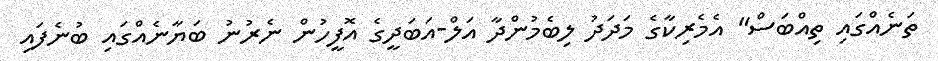
ތަނެއްގައި ތިއްބަސް" އެމެރިކާގެ މަދަދު ލިބެމުންދާ އަލް-އަބަދީގެ އޮފީހުން ނެރުނު ބަޔާނެއްގައި ބުނެފައި